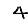
Digit: 4